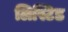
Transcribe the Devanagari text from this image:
लिस्टिड